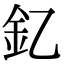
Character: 釔